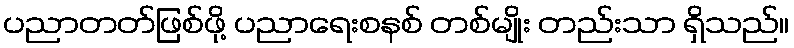
ပညာတတ်ဖြစ်ဖို့ ပညာရေးစနစ် တစ်မျိုး တည်းသာ ရှိသည်။